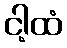
ငါ့ထံ